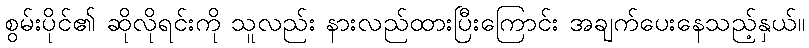
စွမ်းပိုင်၏ ဆိုလိုရင်းကို သူလည်း နားလည်ထားပြီးကြောင်း အချက်ပေးနေသည့်နှယ်။